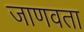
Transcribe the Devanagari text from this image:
जाणवता